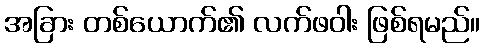
အခြား တစ်ယောက်၏ လက်ဖဝါး ဖြစ်ရမည်။